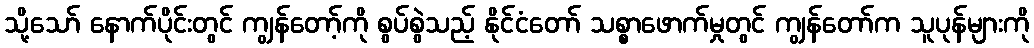
သို့သော် နောက်ပိုင်းတွင် ကျွန်တော့်ကို စွပ်စွဲသည့် နိုင်ငံတော် သစ္စာဖောက်မှုတွင် ကျွန်တော်က သူပုန်များကို